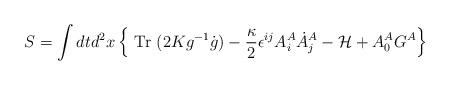
LaTeX: \begin{align*}S= \int dt d^2x\left\{\mbox{ Tr }(2Kg^{-1}\dot g)-\frac{\kappa}{2}\epsilon^{ij}A^A_i \dot A^A_j-{\cal H}+A_0^AG^A\right\}\end{align*}